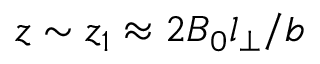
z \sim z _ { 1 } \approx 2 B _ { 0 } l _ { \perp } / b